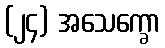
(၂၄) အသေက္ခော